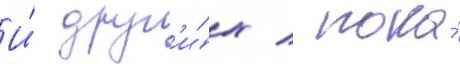
И́ друг'и́х / пока́